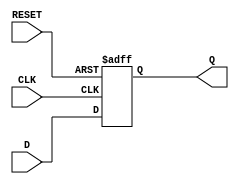
module dff (
    input D,      // Data input
    input CLK,    // Clock input
    input RESET,  // Asynchronous reset, active high
    output reg Q  // Output
);
    // D flip-flop logic
    always @(posedge CLK or posedge RESET) begin
        if (RESET) begin
            Q <= 1'b0; // Asynchronous reset
        end else begin
            Q <= D;    // Flip-flop operation
        end
    end
endmodule